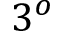
3 ^ { o }